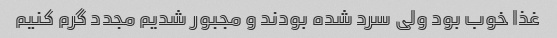
غذا خوب بود ولی سرد شده بودند و مجبور شدیم مجدد گرم کنیم